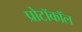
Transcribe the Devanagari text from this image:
प्रोटॉकॉल